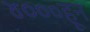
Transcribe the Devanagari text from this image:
४०००हून